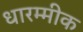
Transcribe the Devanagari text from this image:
धारम्मीक